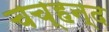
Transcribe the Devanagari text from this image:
चच्हन्द